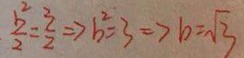
\frac { b ^ { 2 } } { 2 } = \frac { 3 } { 2 } \rightarrow b ^ { 2 } = 3 \Rightarrow b = \sqrt { 3 }